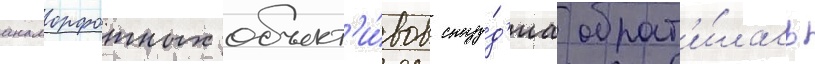
анаморфотных объект'и́вов сту́д'иа обрат'и́лась